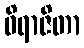
ဝိရာဇိတာ